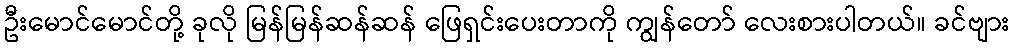
ဦးမောင်မောင်တို့ ခုလို မြန်မြန်ဆန်ဆန် ဖြေရှင်းပေးတာကို ကျွန်တော် လေးစားပါတယ်။ ခင်ဗျား